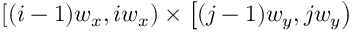
\left[ ( i - 1 ) w _ { x } , i w _ { x } \right) \times \left[ ( j - 1 ) w _ { y } , j w _ { y } \right)